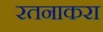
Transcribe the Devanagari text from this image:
रतनाकरा